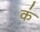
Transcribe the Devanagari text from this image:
क॑